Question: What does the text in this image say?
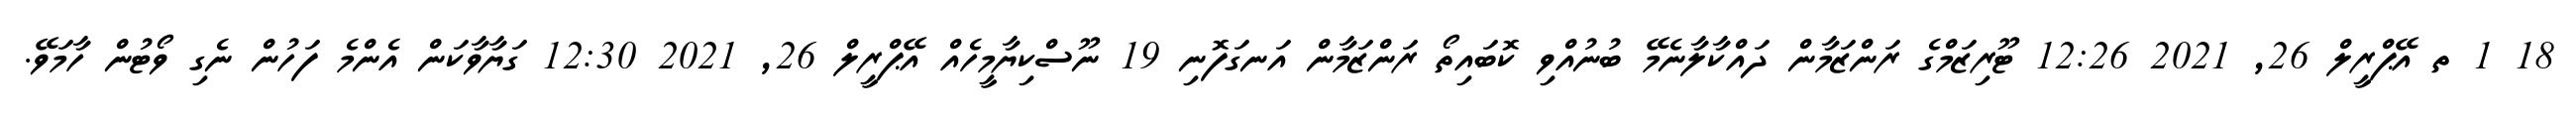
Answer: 18 1 ތ އޭޕްރީލް 26, 2021 12:26 ޓޫރިޒަމްގެ ރަންޒަމާން ދައްކާލާނެމޭ ބުނުއްވި ކޮބައިތޯ ރަންޒަމާން އަނގަފޮނި 19 ނޫސްކިޔާމީހެއް އޭޕްރީލް 26, 2021 12:30 ގަޔާވާކަން އެންމެ ފަހުން ނެގި ވޯޓުން ހާމަވޭ.